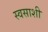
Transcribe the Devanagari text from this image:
स्वसाशी